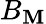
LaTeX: B_{\mathbf{M}}